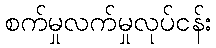
စက်မှုလက်မှုလုပ်ငန်း